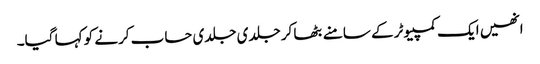
انھیں ایک کمپیوٹر کے سامنے بٹھا کر جلدی جلدی حساب کرنے کو کہا گیا۔